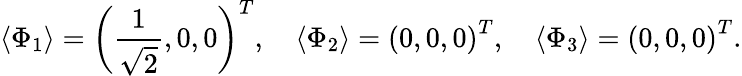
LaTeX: \langle\Phi_{1}\rangle=\left(\frac{1}{\sqrt{2}},0,0\right)^{T},\quad\langle\Phi_{2}\rangle=\left(0,0,0\right)^{T},\quad\langle\Phi_{3}\rangle=\left(0,0,0\right)^{T}.